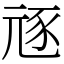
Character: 㒮